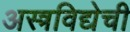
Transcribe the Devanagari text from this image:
अस्त्रविद्येची